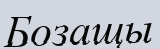
Бозащы